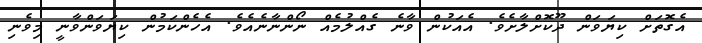
އެގޮތަށް ކިޔަވަން ދޫކޮށްލާށެވެ. އެއަކުން ވާނެ ގެއްލުމެއް ނޯންނާނެއެވެ. އެހެންކަމުން ކިޔަވަންވާނީ މިވެނި